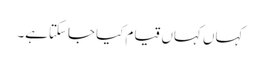
کہاں کہاں قیام کیا جاسکتاہے۔